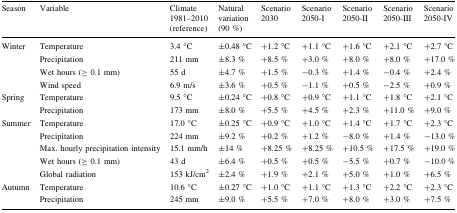
<table><thead><tr><td><b>Season</b></td><td><b>Variable</b></td><td><b>Climate 1981–2010 (reference)</b></td><td><b>Natural variation (90 %)</b></td><td><b>Scenario 2030</b></td><td><b>Scenario 2050-I</b></td><td><b>Scenario 2050-II</b></td><td><b>Scenario 2050-III</b></td><td><b>Scenario 2050-IV</b></td></tr></thead><tbody><tr><td rowspan="4">Winter</td><td>Temperature</td><td>3.4 °C</td><td>±0.48 °C</td><td>+1.2 °C</td><td>+1.1 °C</td><td>+1.6 °C</td><td>+2.1 °C</td><td>+2.7 °C</td></tr><tr><td>Precipitation</td><td>211 mm</td><td>±8.3 %</td><td>+8.5 %</td><td>+3.0 %</td><td>+8.0 %</td><td>+8.0 %</td><td>+17.0 %</td></tr><tr><td>Wet hours (≥ 0.1 mm)</td><td>55 d</td><td>±4.7 %</td><td>+1.5 %</td><td>−0.3 %</td><td>+1.4 %</td><td>−0.4 %</td><td>+2.4 %</td></tr><tr><td>Wind speed</td><td>6.9 m/s</td><td>±3.6 %</td><td>+0.5 %</td><td>−1.1 %</td><td>+0.5 %</td><td>−2.5 %</td><td>+0.9 %</td></tr><tr><td rowspan="2">Spring</td><td>Temperature</td><td>9.5 °C</td><td>±0.24 °C</td><td>+0.8 °C</td><td>+0.9 °C</td><td>+1.1 °C</td><td>+1.8 °C</td><td>+2.1 °C</td></tr><tr><td>Precipitation</td><td>173 mm</td><td>±8.0 %</td><td>+5.5 %</td><td>+4.5 %</td><td>+2.3 %</td><td>+11.0 %</td><td>+9.0 %</td></tr><tr><td rowspan="5">Summer</td><td>Temperature</td><td>17.0 °C</td><td>±0.25 °C</td><td>+0.9 °C</td><td>+1.0 °C</td><td>+1.4 °C</td><td>+1.7 °C</td><td>+2.3 °C</td></tr><tr><td>Precipitation</td><td>224 mm</td><td>±9.2 %</td><td>+0.2 %</td><td>+1.2 %</td><td>−8.0 %</td><td>+1.4 %</td><td>−13.0 %</td></tr><tr><td>Max. hourly precipitation intensity</td><td>15.1 mm/h</td><td>±14 %</td><td>+8.25 %</td><td>+8.25 %</td><td>+10.5 %</td><td>+17.5 %</td><td>+19.0 %</td></tr><tr><td>Wet hours (≥ 0.1 mm)</td><td>43 d</td><td>±6.4 %</td><td>+0.5 %</td><td>+0.5 %</td><td>−5.5 %</td><td>+0.7 %</td><td>−10.0 %</td></tr><tr><td>Global radiation</td><td>153 kJ/cm<sup>2</sup></td><td>±2.4 %</td><td>+1.9 %</td><td>+2.1 %</td><td>+5.0 %</td><td>+1.0 %</td><td>+6.5 %</td></tr><tr><td rowspan="2">Autumn</td><td>Temperature</td><td>10.6 °C</td><td>±0.27 °C</td><td>+1.0 °C</td><td>+1.1 °C</td><td>+1.3 °C</td><td>+2.2 °C</td><td>+2.3 °C</td></tr><tr><td>Precipitation</td><td>245 mm</td><td>±9.0 %</td><td>+5.5 %</td><td>+7.0 %</td><td>+8.0 %</td><td>+3.0 %</td><td>+7.5 %</td></tr></tbody></table>